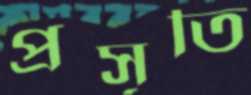
প্রসূতি